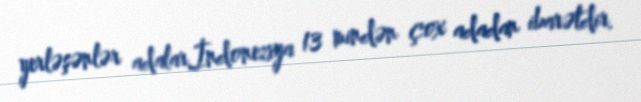
yerləşənlər adalar.İndoneziya 13 mindən çox adadan ibarətdir.